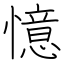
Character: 憶